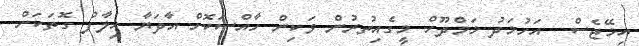
އިމޭޖެސް  އަހުމަދު މަމްދޫހް މީގެއިތުރުން ވަކިން ހާއްސަކޮށް އާދަޔާ ހިލާފު ގޮތަކަށް